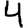
Digit: 4